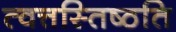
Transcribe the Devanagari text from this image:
त्वत्तस्तिष्ठति